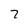
Character: 7